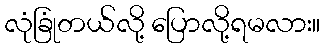
လုံခြုံတယ်လို့ ပြောလို့ရမလား။